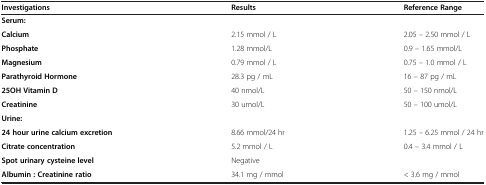
<table><thead><tr><td><b>Investigations</b></td><td><b>Results</b></td><td><b>Reference Range</b></td></tr></thead><tbody><tr><td><b>Serum:</b></td><td> </td><td> </td></tr><tr><td><b>Calcium</b></td><td>2.15 mmol / L</td><td>2.05 – 2.50 mmol / L</td></tr><tr><td><b>Phosphate</b></td><td>1.28 mmol/L</td><td>0.9 – 1.65 mmol/L</td></tr><tr><td><b>Magnesium</b></td><td>0.79 mmol / L</td><td>0.75 – 1.0 mmol / L</td></tr><tr><td><b>Parathyroid Hormone</b></td><td>28.3 pg / mL</td><td>16 – 87 pg / mL</td></tr><tr><td><b>25OH Vitamin D</b></td><td>40 nmol/L</td><td>50 – 150 nmol/L</td></tr><tr><td><b>Creatinine</b></td><td>30 umol/L</td><td>50 – 100 umol/L</td></tr><tr><td><b>Urine:</b></td><td> </td><td> </td></tr><tr><td><b>24 hour urine calcium excretion</b></td><td>8.66 mmol/24 hr</td><td>1.25 – 6.25 mmol / 24 hr</td></tr><tr><td><b>Citrate concentration</b></td><td>5.2 mmol / L</td><td>0.4 – 3.4 mmol / L</td></tr><tr><td><b>Spot urinary cysteine level</b></td><td>Negative</td><td> </td></tr><tr><td><b>Albumin : Creatinine ratio</b></td><td>34.1 mg / mmol</td><td>&lt; 3.6 mg / mmol</td></tr></tbody></table>